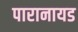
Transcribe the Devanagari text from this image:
पारानायड